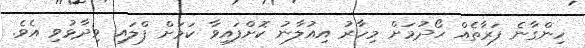
ހިންގާނެ ފަރާތެއް ހޯދުމަށް މިހާރު އިއުލާނު ކޮށްފައިވާ ކަމަށް ފްލައި ވިދާޅުވި އެވެ.